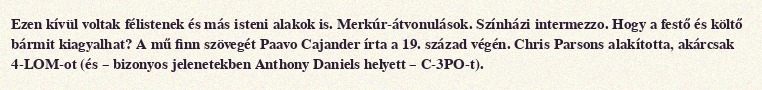
Ezen kívül voltak félistenek és más isteni alakok is. Merkúr-átvonulások. Színházi intermezzo. Hogy a festő és költő bármit kiagyalhat? A mű finn szövegét Paavo Cajander írta a 19. század végén. Chris Parsons alakította, akárcsak 4-LOM-ot (és – bizonyos jelenetekben Anthony Daniels helyett – C-3PO-t).